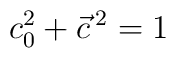
c_{0}^{2} + \vec{c} \,^{2} = 1